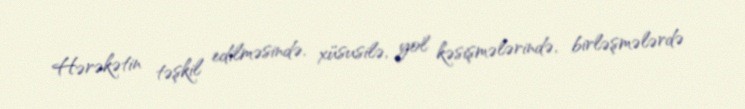
Hərəkətin təşkil edilməsində, xüsusilə, yol kəsişmələrində, birləşmələrdə